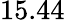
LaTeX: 15.44